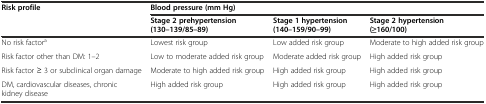
<table><thead><tr><td rowspan="2"><b>Risk profile</b></td><td colspan="3"><b>Blood pressure (mm Hg)</b></td></tr><tr><td><b>Stage 2 prehypertension(130–139/85–89)</b></td><td><b>Stage 1 hypertension (140–159/90–99)</b></td><td><b>Stage 2 hypertension (≥160/100)</b></td></tr></thead><tbody><tr><td>No risk factor<sup>a</sup></td><td>Lowest risk group</td><td>Low added risk group</td><td>Moderate to high added risk group</td></tr><tr><td>Risk factor other than DM: 1–2</td><td>Low to moderate added risk group</td><td>Moderate added risk group</td><td>High added risk group</td></tr><tr><td>Risk factor ≥ 3 or subclinical organ damage</td><td>Moderate to high added risk group</td><td>High added risk group</td><td>High added risk group</td></tr><tr><td>DM, cardiovascular diseases, chronic kidney disease</td><td>High added risk group</td><td>High added risk group</td><td>High added risk group</td></tr></tbody></table>